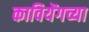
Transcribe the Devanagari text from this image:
कावियेंगच्या